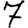
Digit: 7